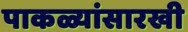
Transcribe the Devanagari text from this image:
पाकळ्यांसारखी